65_HS1-834228961_62-HQ-83894_Section_8
Agency: FBI
Page 200
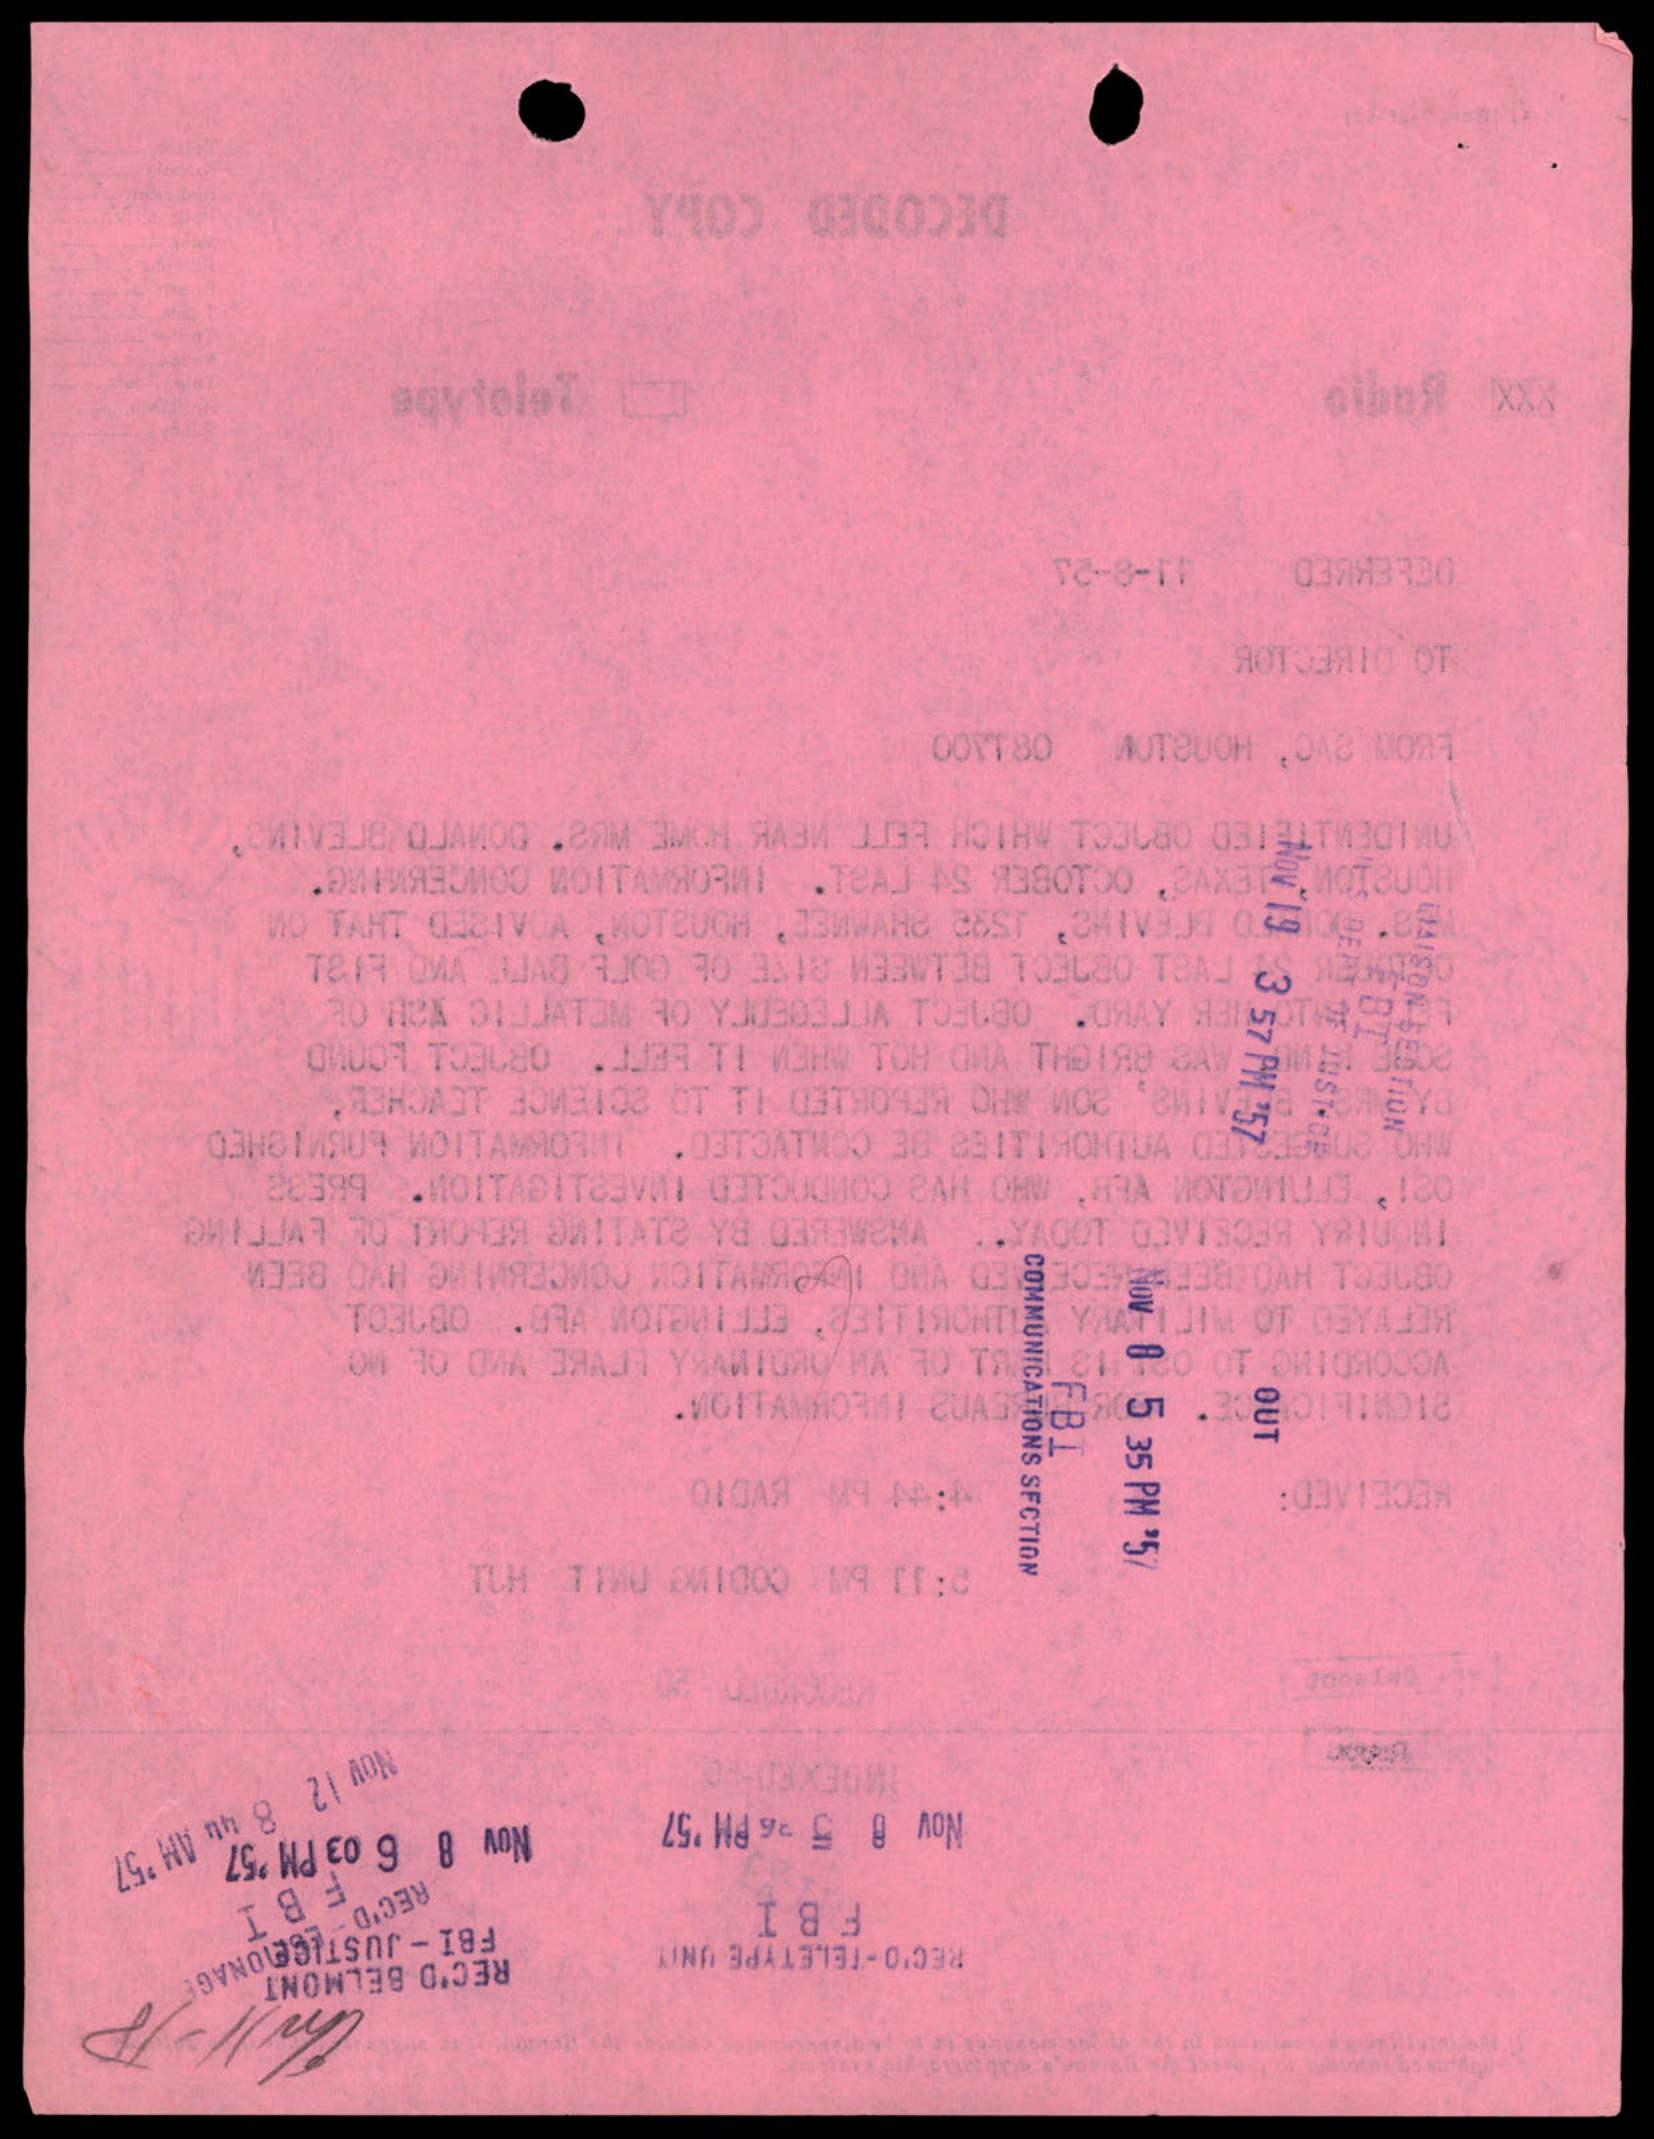